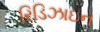
રિડિઝાઇન